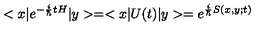
< x | e ^ { - { \frac { i } { \hbar } } t H } | y > = < x | U ( t ) | y > = e ^ { { \frac { i } { \hbar } } S ( x , y ; t ) }